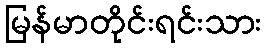
မြန်မာတိုင်းရင်းသား